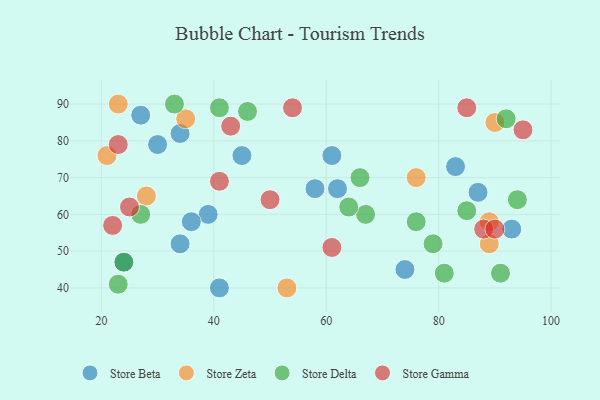
{"axis": {"x": "GDP", "y": "Life Expectancy"}, "legend": ["Store Beta", "Store Delta", "Store Gamma", "Store Zeta"], "data": [{"x": "61", "y": 76, "type": "Store Beta"}, {"x": "87", "y": 66, "type": "Store Beta"}, {"x": "41", "y": 40, "type": "Store Beta"}, {"x": "34", "y": 82, "type": "Store Beta"}, {"x": "58", "y": 67, "type": "Store Beta"}, {"x": "74", "y": 45, "type": "Store Beta"}, {"x": "27", "y": 87, "type": "Store Beta"}, {"x": "93", "y": 56, "type": "Store Beta"}, {"x": "24", "y": 47, "type": "Store Beta"}, {"x": "83", "y": 73, "type": "Store Beta"}, {"x": "62", "y": 67, "type": "Store Beta"}, {"x": "39", "y": 60, "type": "Store Beta"}, {"x": "45", "y": 76, "type": "Store Beta"}, {"x": "34", "y": 52, "type": "Store Beta"}, {"x": "30", "y": 79, "type": "Store Beta"}, {"x": "36", "y": 58, "type": "Store Beta"}, {"x": "89", "y": 58, "type": "Store Zeta"}, {"x": "21", "y": 76, "type": "Store Zeta"}, {"x": "35", "y": 86, "type": "Store Zeta"}, {"x": "76", "y": 70, "type": "Store Zeta"}, {"x": "28", "y": 65, "type": "Store Zeta"}, {"x": "89", "y": 52, "type": "Store Zeta"}, {"x": "23", "y": 90, "type": "Store Zeta"}, {"x": "53", "y": 40, "type": "Store Zeta"}, {"x": "90", "y": 85, "type": "Store Zeta"}, {"x": "23", "y": 41, "type": "Store Delta"}, {"x": "46", "y": 88, "type": "Store Delta"}, {"x": "76", "y": 58, "type": "Store Delta"}, {"x": "79", "y": 52, "type": "Store Delta"}, {"x": "66", "y": 70, "type": "Store Delta"}, {"x": "67", "y": 60, "type": "Store Delta"}, {"x": "91", "y": 44, "type": "Store Delta"}, {"x": "85", "y": 61, "type": "Store Delta"}, {"x": "41", "y": 89, "type": "Store Delta"}, {"x": "24", "y": 47, "type": "Store Delta"}, {"x": "81", "y": 44, "type": "Store Delta"}, {"x": "94", "y": 64, "type": "Store Delta"}, {"x": "64", "y": 62, "type": "Store Delta"}, {"x": "27", "y": 60, "type": "Store Delta"}, {"x": "33", "y": 90, "type": "Store Delta"}, {"x": "92", "y": 86, "type": "Store Delta"}, {"x": "61", "y": 51, "type": "Store Gamma"}, {"x": "41", "y": 69, "type": "Store Gamma"}, {"x": "88", "y": 56, "type": "Store Gamma"}, {"x": "50", "y": 64, "type": "Store Gamma"}, {"x": "95", "y": 83, "type": "Store Gamma"}, {"x": "54", "y": 89, "type": "Store Gamma"}, {"x": "22", "y": 57, "type": "Store Gamma"}, {"x": "25", "y": 62, "type": "Store Gamma"}, {"x": "85", "y": 89, "type": "Store Gamma"}, {"x": "43", "y": 84, "type": "Store Gamma"}, {"x": "90", "y": 56, "type": "Store Gamma"}, {"x": "23", "y": 79, "type": "Store Gamma"}]}